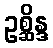
ဥစ္ဆိန္ဒ